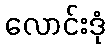
လောင်းဒုံ